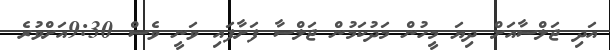
އަދި ޖަލްސާއަށް ދިޔަ މީހުން މަދުކަމުން ޖަލްސާ ފަށާފައި ވަނީ ވެސް 9:30އަށްވުރެ